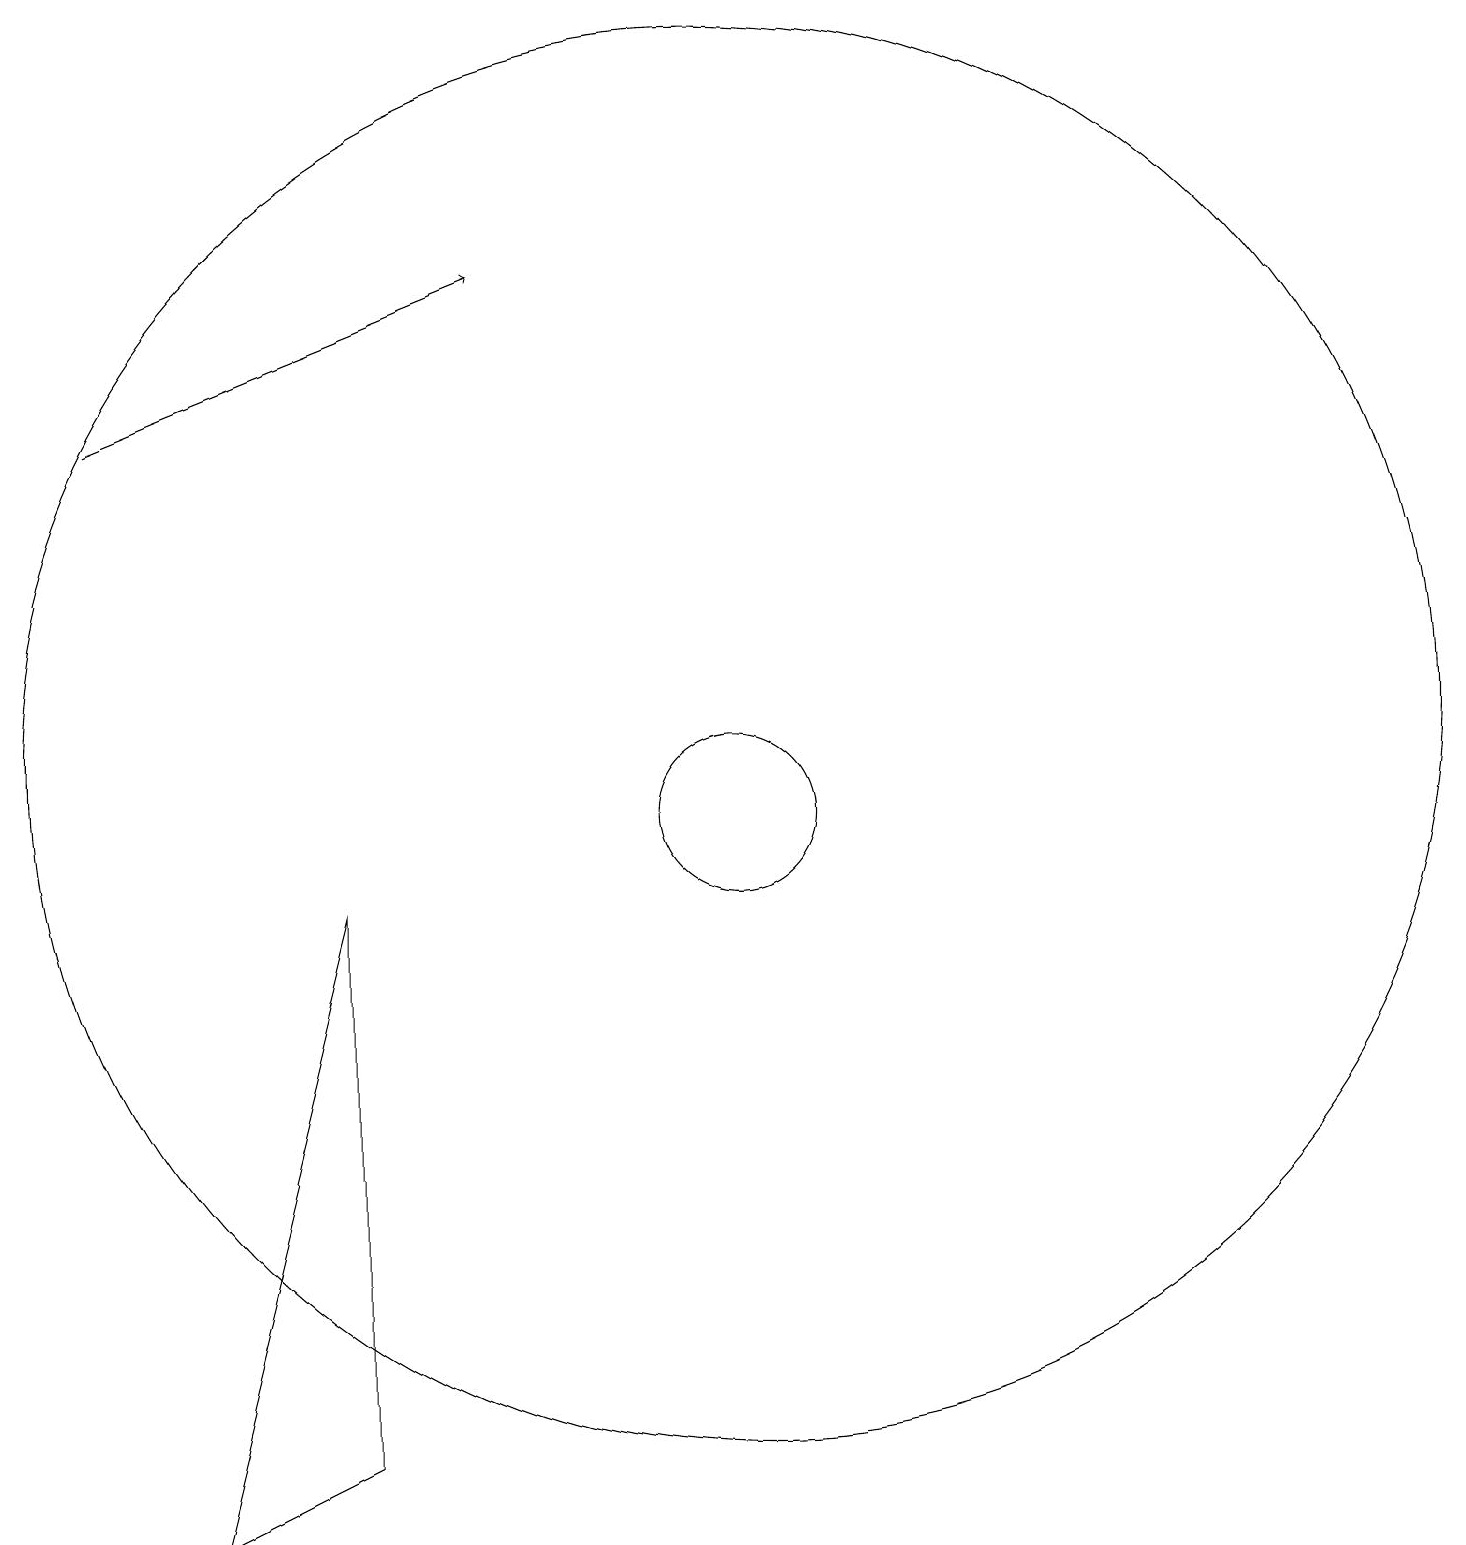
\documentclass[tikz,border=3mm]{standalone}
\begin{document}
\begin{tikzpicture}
\draw (10,10) circle (1);
\draw (10,11) circle (9);
\draw[->] (2,15) -- (7,17);
\draw (5,9) -- (3,1) -- (5,2) -- cycle;
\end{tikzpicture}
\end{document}